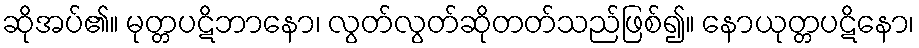
ဆိုအပ်၏။ မုတ္တပဋိဘာနော၊ လွတ်လွတ်ဆိုတတ်သည်ဖြစ်၍။ နောယုတ္တပဋိနော၊